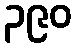
၃၉၀